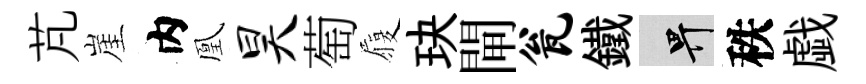
芃崖内凰昊萄履玦閘瓮鐵畀秩戯